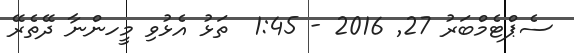
ސެޕްޓެމްބަރު 27